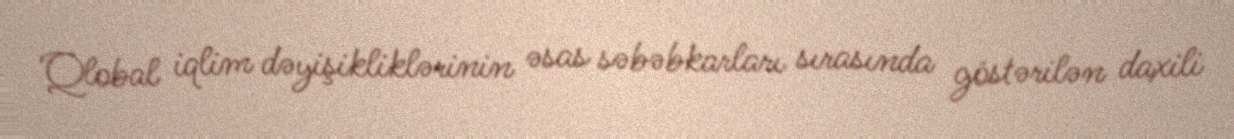
Qlobal iqlim dəyişikliklərinin əsas səbəbkarları sırasında göstərilən daxili